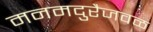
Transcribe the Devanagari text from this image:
मनमदुरैजवळ